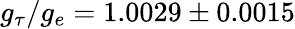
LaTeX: g_{\tau}/g_{e}=1.0029\pm 0.0015